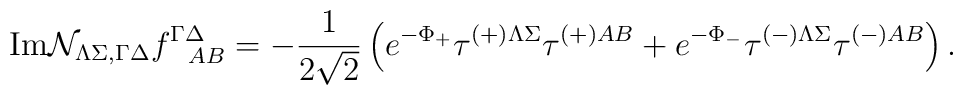
{\rm Im}{\cal N }_{ \Lambda\Sigma,\Gamma\Delta}f^{\Gamma\Delta}_{~~AB}=-{1\over 2\sqrt{2}}\left(e^{-\Phi_+}\tau^{\left(+\right)\Lambda\Sigma}\tau^{\left(+\right)AB}+e^{-\Phi_-}\tau^{\left(-\right)\Lambda\Sigma}\tau^{\left(-\right)AB}\right).